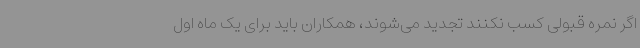
اگر نمره قبولی کسب نکنند تجدید می‌شوند، همکاران باید برای یک ماه اول